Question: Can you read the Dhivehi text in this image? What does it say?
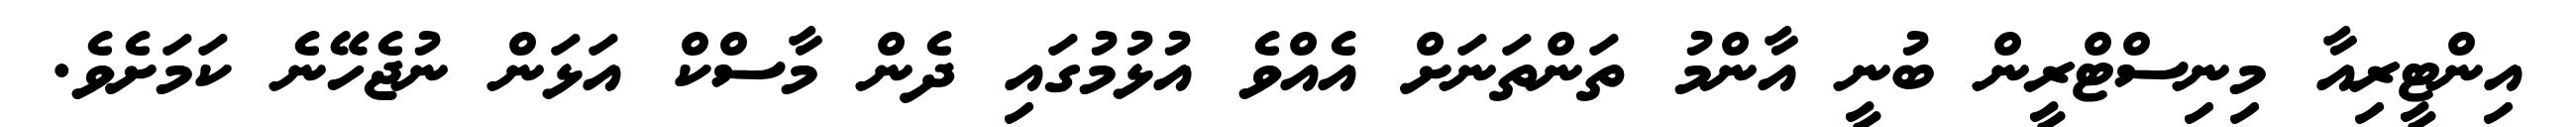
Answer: އިންޓީރިއާ މިނިސްޓްރީން ބުނީ އާންމު ތަންތަނަށް އެއްވެ އުޅުމުގައި ދެން މާސްކް އަޅަން ނުޖެހޭނެ ކަމަށެވެ.